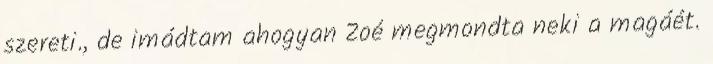
szereti., de imádtam ahogyan Zoé megmondta neki a magáét.